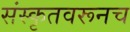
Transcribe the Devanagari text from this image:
संस्कृतवरूनच